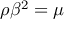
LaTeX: \rho \beta ^ { 2 } = \mu